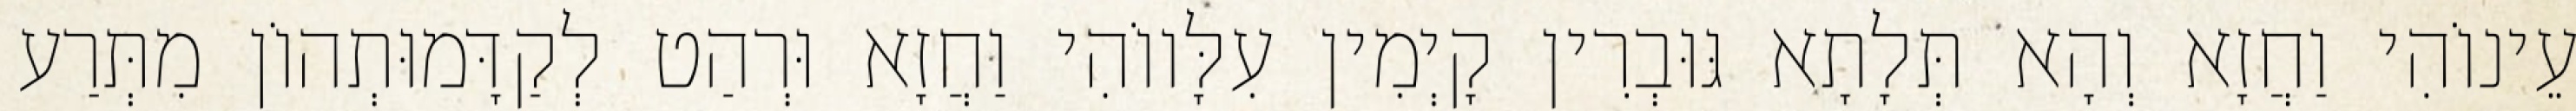
עֵינוֹהִי וַחֲזָא וְהָא תְּלָתָא גּוּבְרִין קָיְמִין עִלָּווֹהִי וַחֲזָא וּרְהַט לְקַדָּמוּתְהוֹן מִתְּרַע